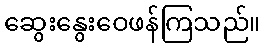
ဆွေးနွေးဝေဖန်ကြသည်။